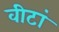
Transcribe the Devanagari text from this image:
वीटां